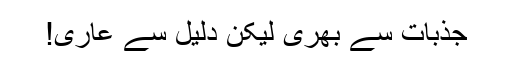
جذبات سے بھری لیکن دلیل سے عاری!